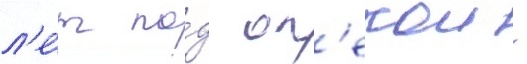
л'е́т по́д оп'екои -